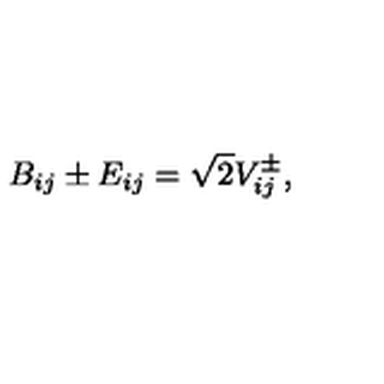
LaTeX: B _ { i j } \pm E _ { i j } = \sqrt { 2 } V _ { i j } ^ { \pm } ,